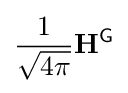
{\frac {1}{\sqrt {4\pi }}}\mathbf {H} ^{\textsf {G}}